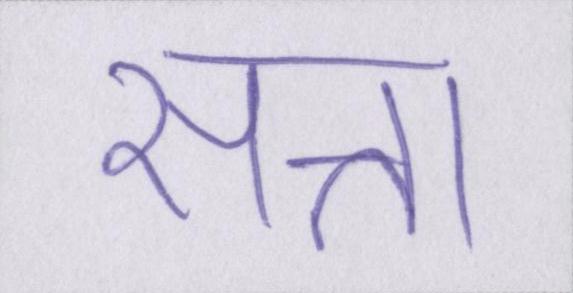
सत्ता